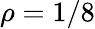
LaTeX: \rho=1/8